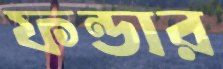
ফন্ডার